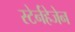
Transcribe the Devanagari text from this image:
स्टेर्नहेजेन